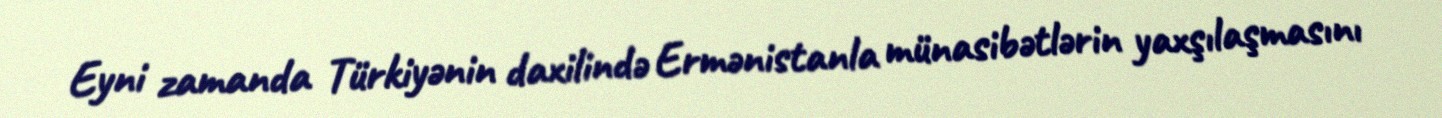
Eyni zamanda Türkiyənin daxilində Ermənistanla münasibətlərin yaxşılaşmasını